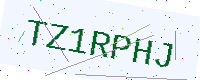
Text: TZ1RPHJ